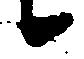
候